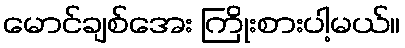
မောင်ချစ်အေး ကြိုးစားပါ့မယ်။